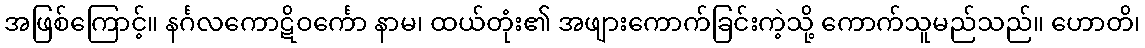
အဖြစ်ကြောင့်။ နင်္ဂလကောဋိဝင်္ကော နာမ၊ ထယ်တုံး၏ အဖျားကောက်ခြင်းကဲ့သို့ ကောက်သူမည်သည်။ ဟောတိ၊